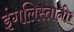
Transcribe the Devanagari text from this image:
इंगलिस्तानी